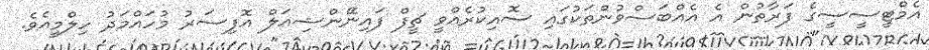
އެމްޓީސީސީގެ ފަރާތުން އެ އެއްބަސްވުންތަކުގައި ސޮއިކުރެއްވީ ޗީފް ފައިނޭންޝިއަލް އޮފިސަރު މުހައްމަދު ހިލްމީއެވެ.